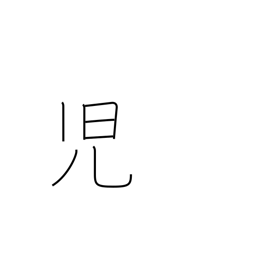
Meaning: newborn babe